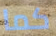
كما